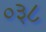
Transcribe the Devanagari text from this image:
०३८